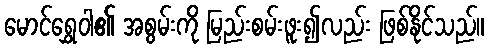
မောင်ရွှေဝါ၏ အစွမ်းကို မြည်းစမ်းဖူး၍လည်း ဖြစ်နိုင်သည်။